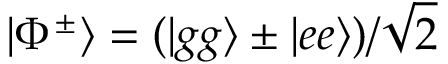
| \Phi ^ { \pm } \rangle = ( | g g \rangle \pm | e e \rangle ) / \sqrt { 2 }